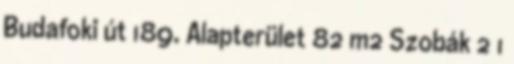
Budafoki út 189. Alapterület 82 m2 Szobák 2 1